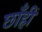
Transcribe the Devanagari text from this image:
छाँहीं